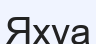
Яхуа